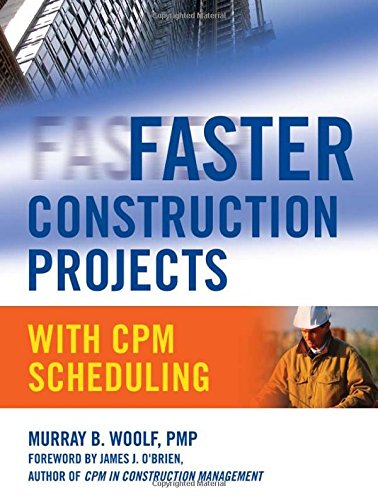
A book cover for Faster Construction Projects with CPM Scheduling; Murray Woolf; Arts & Photography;